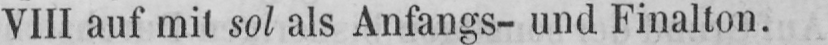
VIII auf mit sol als Anfangs- und Finalton.